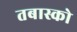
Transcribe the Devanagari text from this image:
तबास्को